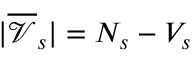
| \overline { { \mathcal { V } } } _ { s } | = N _ { s } - V _ { s }